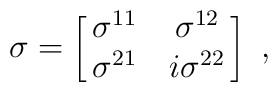
\sigma = \left[ \matrix{ \sigma^{11} & \sigma^{12} \cr                           \sigma^{21} & i\sigma^{22} } \right] \ ,